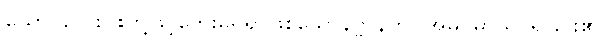
ယောဂလေးပါးတို့ဖြင့်ဘေးမရှိရာဖြစ်သောနိဗ္ဗာန်ကို။ အဓိဂမာယ၊ ရခြင်း၏။